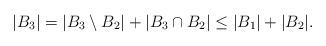
LaTeX: \begin{align*}\lvert B_3\rvert=\lvert B_3 \setminus B_2 \rvert + \lvert B_3 \cap B_2 \rvert \leq \lvert B_1\rvert+\lvert B_2\rvert.\end{align*}